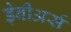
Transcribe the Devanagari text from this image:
ड़ेबीअर्स